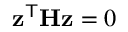
\mathbf { z } ^ { \mathsf { T } } \mathbf { H } \mathbf { z } = 0